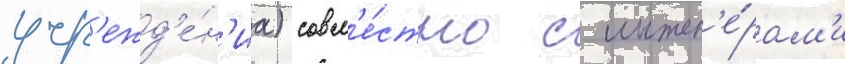
учр'ежд'е́н'иа) совм'е́стно с инжен'е́рам'и